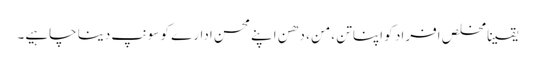
یقینا مخلص افراد کو اپنا تن ،من ، دھن اپنے محسن ادارے کو سونپ دینا چاہیے۔